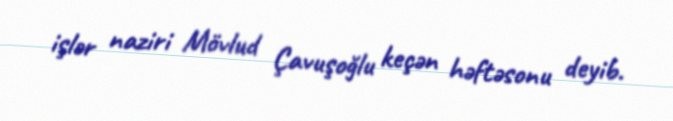
işlər naziri Mövlud Çavuşoğlu keçən həftəsonu deyib.